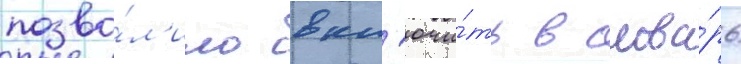
позво́л'ило вкл'ючи́ть в слова́рь